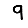
Digit: 9